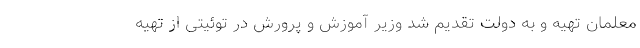
معلمان تهیه و به دولت تقدیم شد وزیر آموزش و پرورش در توئیتی از تهیه